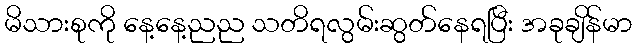
မိသားစုကို နေ့နေ့ညည သတိရလွမ်းဆွတ်နေရပြီး အခုချိန်မာ